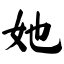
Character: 她